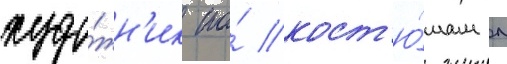
худо́жн'ик по́ кост'ю́мам л